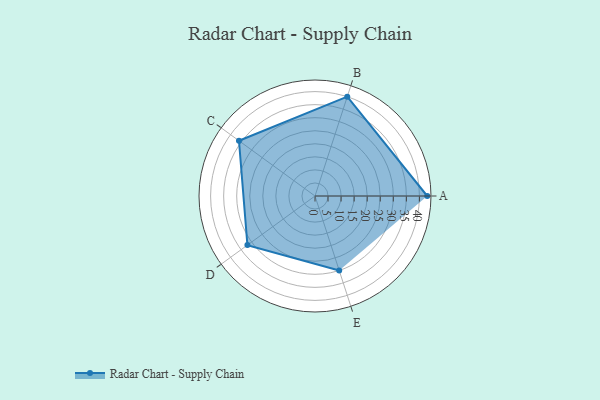
{"axis": {"x": "Skill", "y": "Score"}, "legend": ["Profile"], "data": [{"x": "A", "y": 43.0, "type": "Profile"}, {"x": "B", "y": 40.0, "type": "Profile"}, {"x": "C", "y": 36.0, "type": "Profile"}, {"x": "D", "y": 32.0, "type": "Profile"}, {"x": "E", "y": 30.0, "type": "Profile"}]}